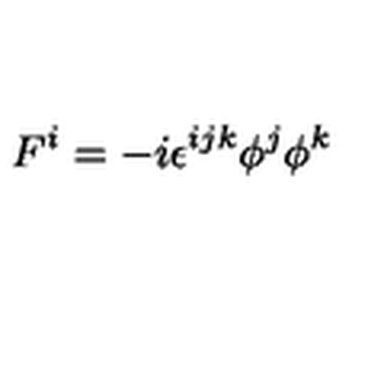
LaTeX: F ^ { i } = - i \epsilon ^ { i j k } \phi ^ { j } \phi ^ { k }